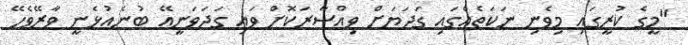
"މީގެ ކުރީގައި މިވެނި ނަކަތެއްގައި ގަދަޔަށް ވިއްސާރަކޮށް ވައި ގަދަވަނީއޭ ބުނެއުޅެނީ ވާރޭވެހޭ